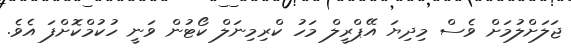
ޖަލަށްލުމަށް ވެސް މިދިޔަ އޭޕްރީލް މަހު ކްރިމިނަލް ކޯޓުން ވަނީ ހުކުމްކޮށްފަ އެވެ.